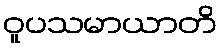
ဝူပသမာယာတိ